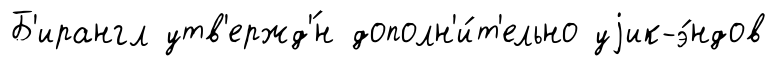
Б'ирангл утв'ержд'́н дополн'и́т'ельно уjик-э́ндов